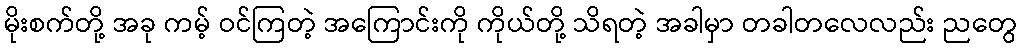
မိုးစက်တို့ အခု ကမ့် ဝင်ကြတဲ့ အကြောင်းကို ကိုယ်တို့ သိရတဲ့ အခါမှာ တခါတလေလည်း ညတွေ